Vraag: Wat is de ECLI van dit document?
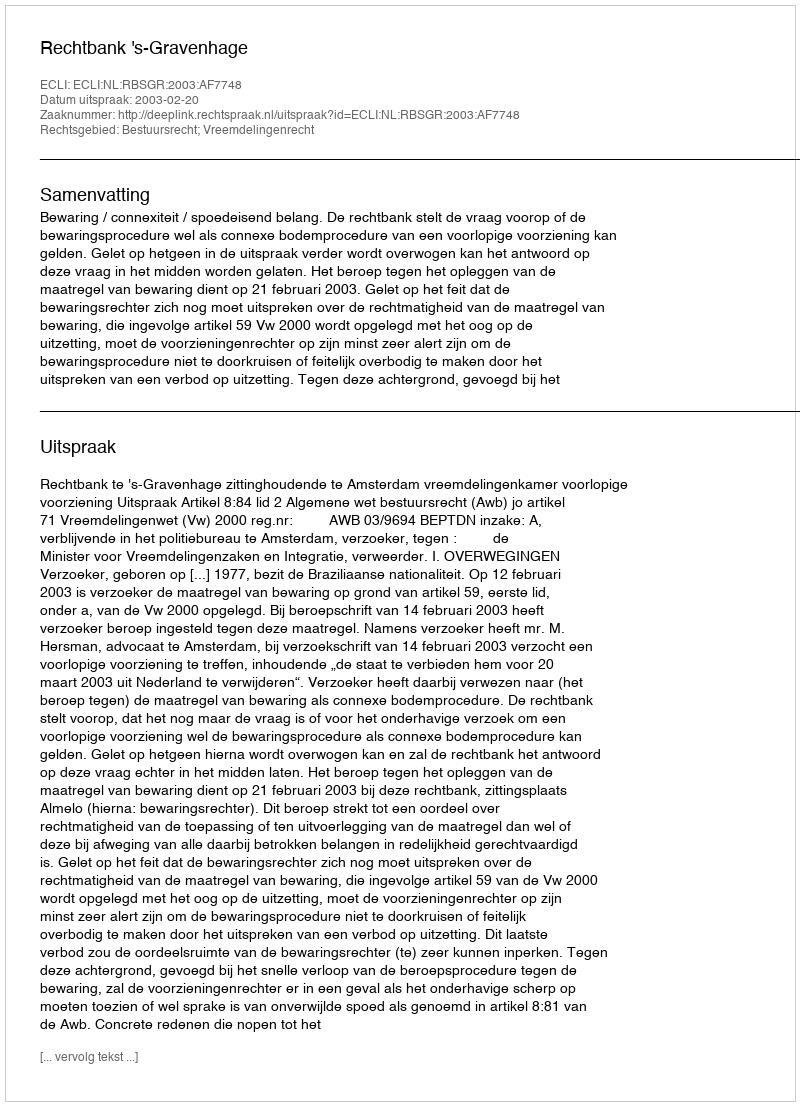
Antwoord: ECLI:NL:RBSGR:2003:AF7748